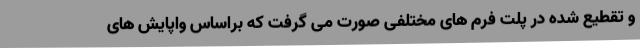
و تقطیع شده در پلت فرم های مختلفی صورت می گرفت که براساس واپایش های